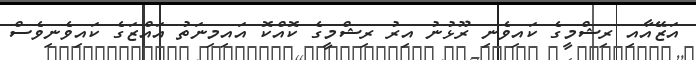
އަޒޭއާއި ރިޝްމީގެ ކައިވެނި ރޫޅުނު އިރު ރިޝްމީގެ ކޮއްކޮ އައިމިނަތު އައްޒަގެ ކައިވެނިވެސް